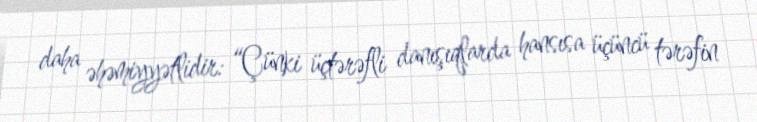
daha əhəmiyyətlidir: “Çünki üçtərəfli danışıqlarda hansısa üçüncü tərəfin